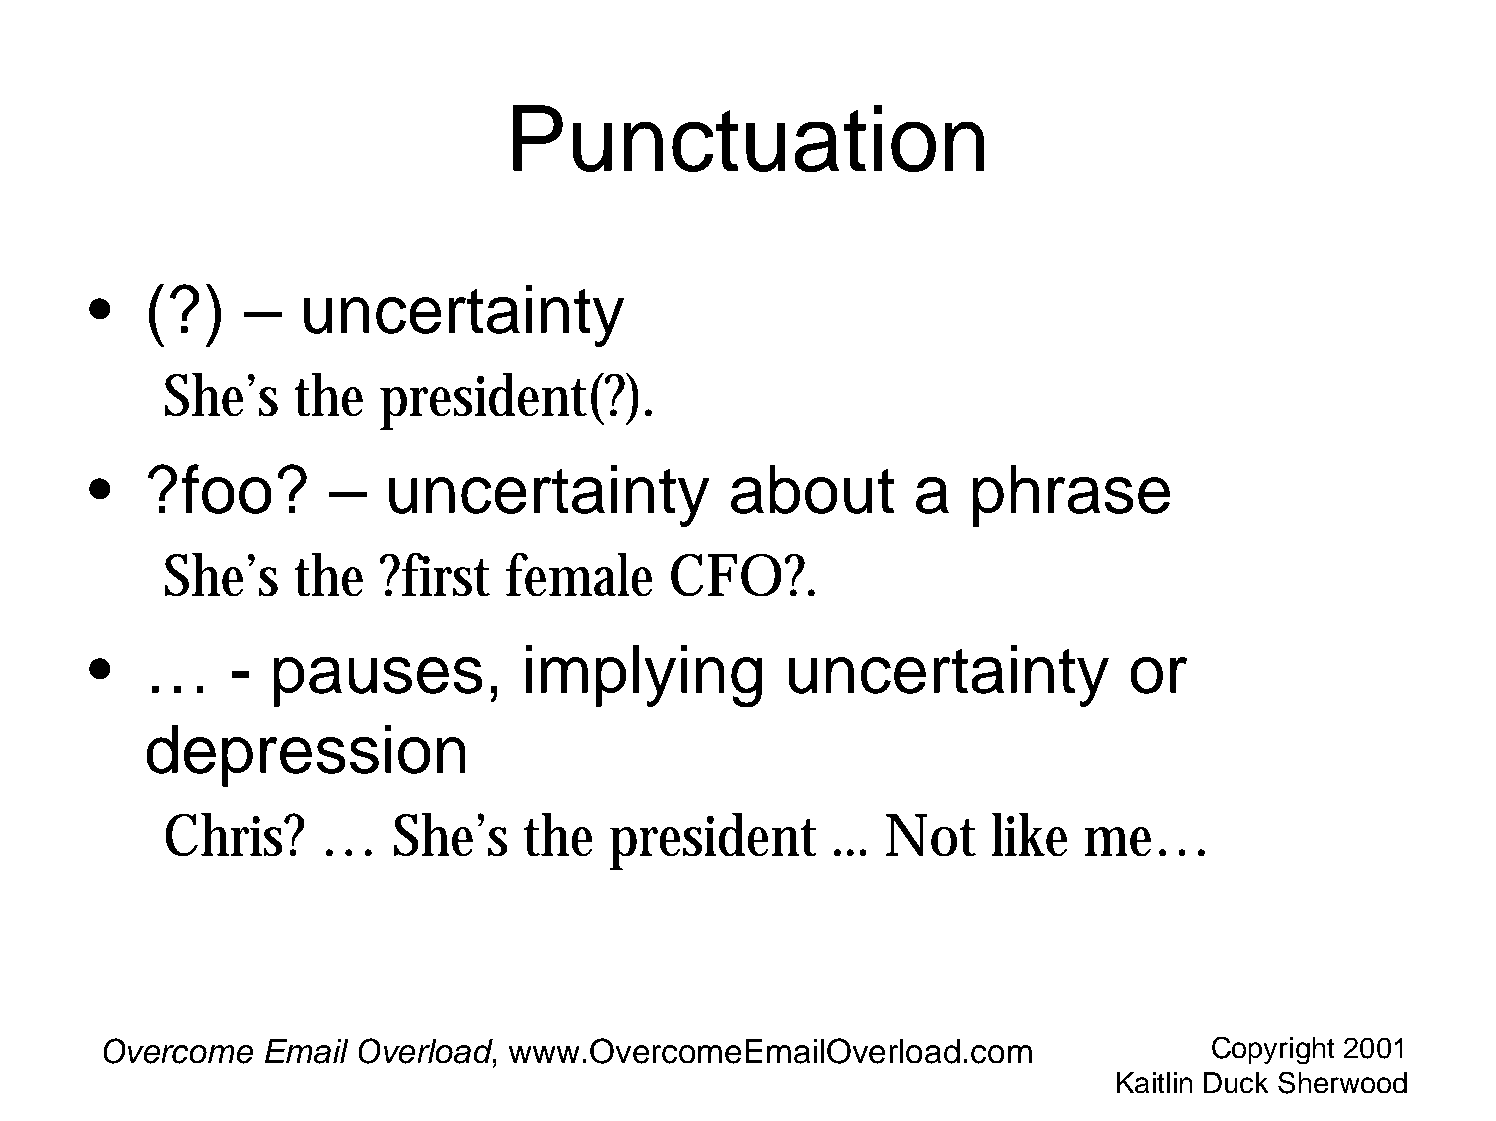
Punctuation
 •   (?)   –   uncertainty
 She’s    the  president(?).
 •   ?foo?       –   uncertainty           about        a  phrase
 She’s    the  ?first   female    CFO?.
 •   …    -  pauses,          implying         uncertainty            or
 depression
 Chris?    …    She’s    the  president      ... Not    like  me…
 Overcome  Email  Overload, www.OvercomeEmailOverload.com                 Copyright 2001
 Kaitlin Duck Sherwood